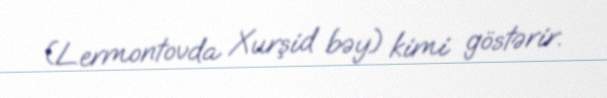
(Lermontovda Xurşid bəy) kimi göstərir.